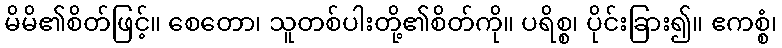
မိမိ၏စိတ်ဖြင့်။ စေတော၊ သူတစ်ပါးတို့၏စိတ်ကို။ ပရိစ္စ၊ ပိုင်းခြား၍။ ဧကစ္စံ၊